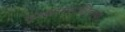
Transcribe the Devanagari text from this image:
सूरसागराशिवाय